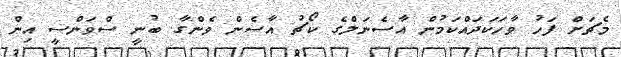
މެޗަށް ފަހު ވާހަކަދައްކަމުން އާސެނަލްގެ ކޯޗު އާސެން ވެންގާ ބުނީ ސްވަންސީ އިން